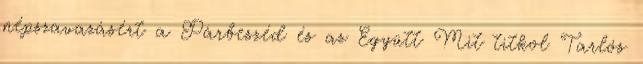
népszavazásért a Párbeszéd és az Együtt Mit titkol Tarlós